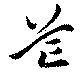
芒